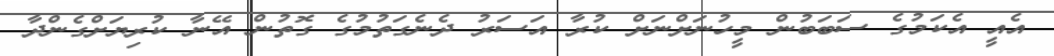
އެއީ އެކަމުގެ ސަބަބުން މީހުނަށްނަށް ކުރާ އަސަރު ދެނެގަތުމުގެ ގޮތުން އޭނާ ކުރިޔަށްގެންދާ